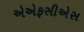
એએફસીએસ